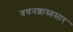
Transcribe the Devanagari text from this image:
वचनशास्त्रसार